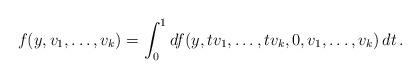
LaTeX: \begin{align*}f(y,v_1,\ldots, v_k)=\int_0^1 df(y,tv_1,\ldots,tv_k,0,v_1,\ldots, v_k)\, dt\,.\end{align*}